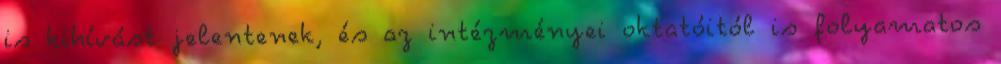
is kihívást jelentenek, és az intézményei oktatóitól is folyamatos